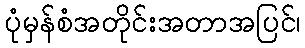
ပုံမှန်စံအတိုင်းအတာအပြင်၊